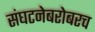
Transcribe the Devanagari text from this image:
संघटनेबरोबरच